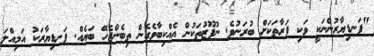
"ފަނޑިޔާރުންނަކީ ވަކި ފަރާތަކަށް ބުރަނުވެ